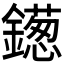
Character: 𫓑